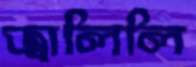
জ্বালিলি